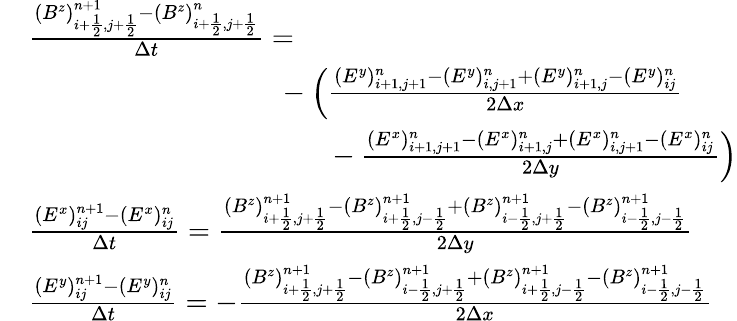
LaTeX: \begin{array}{rl}&{\frac{(B^{z})_{i+\frac 12,j+\frac 12}^{n+1}-(B^{z})_{i+\frac 12,j+\frac 12}^{n}}{\Delta t}=}\\ &{\phantom{mmmmmmmmmm}-\left(\frac{(E^{y})_{i+1,j+1}^{n}-(E^{y})_{i,j+1}^{n}+(E^{y})_{i+1,j}^{n}-(E^{y})_{ij}^{n}}{2\Delta x}\right.}\\ &{\phantom{mmmmmmmmmmmm}-\left.\frac{(E^{x})_{i+1,j+1}^{n}-(E^{x})_{i+1,j}^{n}+(E^{x})_{i,j+1}^{n}-(E^{x})_{ij}^{n}}{2\Delta y}\right)}\\ &{\frac{(E^{x})_{ij}^{n+1}-(E^{x})_{ij}^{n}}{\Delta t}=\frac{(B^{z})_{i+\frac 12,j+\frac 12}^{n+1}-(B^{z})_{i+\frac 12,j-\frac 12}^{n+1}+(B^{z})_{i-\frac 12,j+\frac 12}^{n+1}-(B^{z})_{i-\frac 12,j-\frac 12}^{n+1}}{2\Delta y}}\\ &{\frac{(E^{y})_{ij}^{n+1}-(E^{y})_{ij}^{n}}{\Delta t}=-\frac{(B^{z})_{i+\frac 12,j+\frac 12}^{n+1}-(B^{z})_{i-\frac 12,j+\frac 12}^{n+1}+(B^{z})_{i+\frac 12,j-\frac 12}^{n+1}-(B^{z})_{i-\frac 12,j-\frac 12}^{n+1}}{2\Delta x}}\end{array}